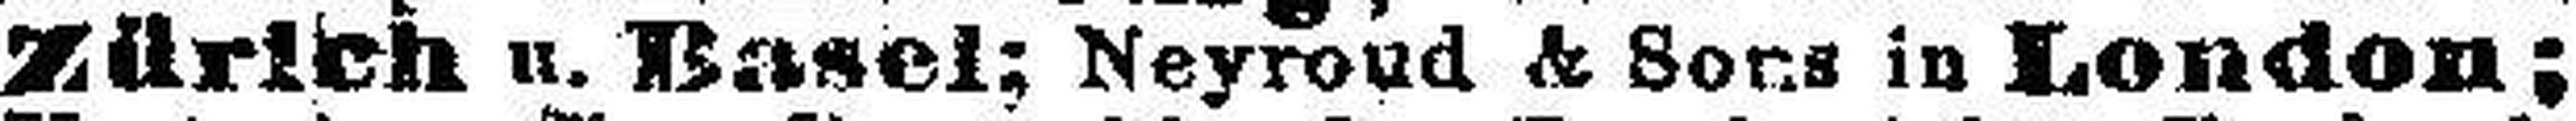
Zürich u. Basel; Neyroud & Sons in London;